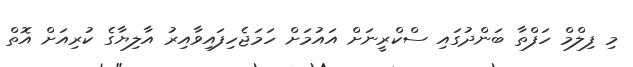
މި ފިލްމް ހަފްތާ ބަންދުގައި ސްކްރީނަށް އައުމަށް ހަމަޖެހިފައިވާއިރު އާލިޔާގެ ކުރިއަށް އޮތް